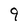
Character: 9